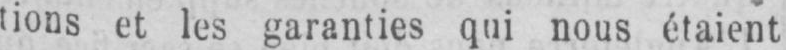
tions et les garanties qui nous étaient